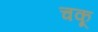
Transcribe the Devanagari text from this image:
चकू